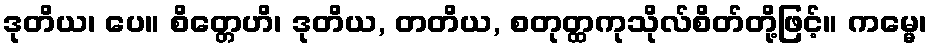
ဒုတိယ၊ ပေ။ စိတ္တေဟိ၊ ဒုတိယ, တတိယ, စတုတ္ထကုသိုလ်စိတ်တို့ဖြင့်။ ကမ္မေ၊